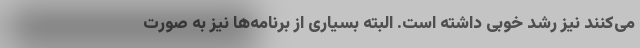
می‌کنند نیز رشد خوبی داشته است. البته بسیاری از برنامه‌ها نیز به صورت